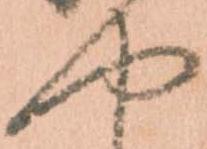
や